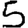
Digit: 5